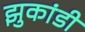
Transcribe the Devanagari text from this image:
झुकांडी